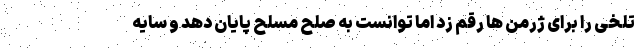
تلخی را برای ژرمن ها رقم زد اما توانست به صلح مسلح پایان دهد و سایه